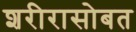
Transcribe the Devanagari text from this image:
शरीरासोबत